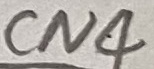
Text: CN4